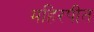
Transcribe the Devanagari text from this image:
महिरपीत